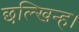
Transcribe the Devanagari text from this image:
छल्खिन्ह।